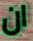
ان